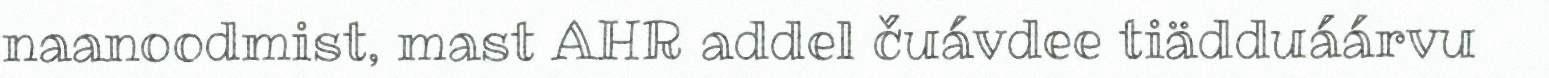
naanoodmist, mast AHR addel čuávdee tiädduáárvu